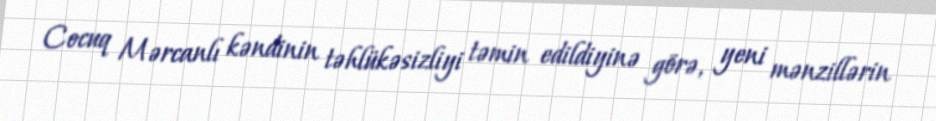
Cocuq Mərcanlı kəndinin təhlükəsizliyi təmin edildiyinə görə, yeni mənzillərin